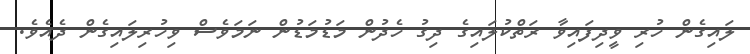
ލައިގެން ހުރި ވީދިފައިވާ ރަތްކުލައިގެ ދިގު ހެދުން މަޑުމަޑުން ނަމަވެސް ވިހުރިލައިގެން ދެއެވެ.